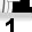
Digit: 1